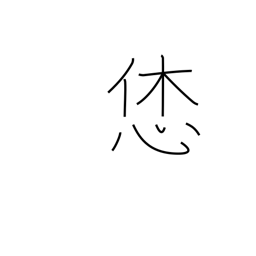
Meaning: nice